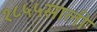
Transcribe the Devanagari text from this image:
१८५५साली